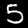
Label: 5